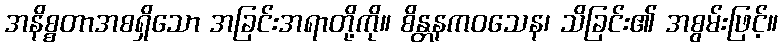
အနိစ္စတာအစရှိသော အခြင်းအရာတို့ကို။ စိန္တနကဝသေန၊ သိခြင်း၏ အစွမ်းဖြင့်။